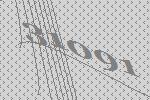
31091